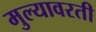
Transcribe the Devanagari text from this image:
मुल्यावरती